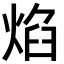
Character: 焰